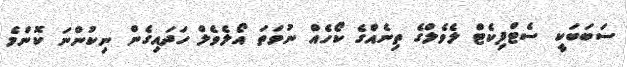
ސަބަބަކީ ސެޓްފިކެޓް ލެވެލްގެ ތިނެއްގެ ކޯހެއް ނުވަތަ އޯލެވެލް ހަދައިގެން ނިކުންނަ ކޮންމެ